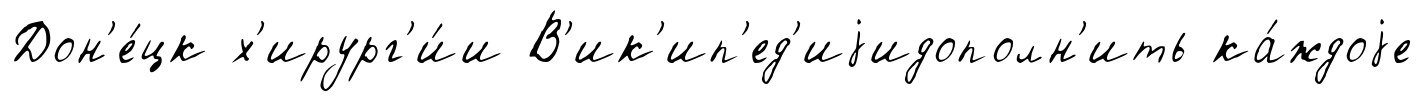
Дон'е́цк х'ирург'и́и В'ик'ип'ед'иjидополн'ить ка́ждоjе